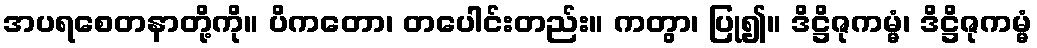
အပရစေတနာတို့ကို။ ပိကတော၊ တပေါင်းတည်း။ ကတွာ၊ ပြု၍။ ဒိဋ္ဌိဇုကမ္မံ၊ ဒိဋ္ဌိဇုကမ္မံ